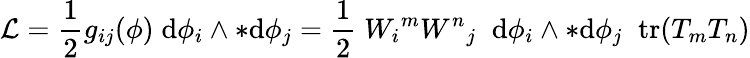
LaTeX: {\mathcal{L}}={\frac{1}{2}}g_{ij}(\phi)\; \mathrm{d}\phi_{i}\wedge{*\mathrm{d}\phi_{j}}={\frac{1}{2}}\; {W_{i}}^{m}{W^{n}}_{j}\; \; \mathrm{d}\phi_{i}\wedge{*\mathrm{d}\phi_{j}}\; \; \mathrm{tr}(T_{m}T_{n})